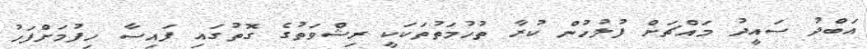
އަބްދު ސައީދު މައްޗަށް ފުލުހުން ކުރާ ތުހުމަތުތަކަކީ ރިޝްވަތުގެ ގޮތުގައި ފައިސާ ހިފުމަށްފަހު